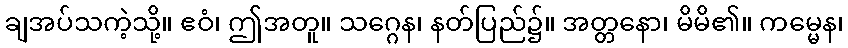
ချအပ်သကဲ့သို့။ ဧဝံ၊ ဤအတူ။ သဂ္ဂေန၊ နတ်ပြည်၌။ အတ္တနော၊ မိမိ၏။ ကမ္မေန၊